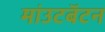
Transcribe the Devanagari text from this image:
मांउटबॅटन